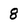
Character: 8